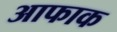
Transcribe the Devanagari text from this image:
आफाक